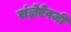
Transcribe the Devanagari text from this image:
संज्ञेऐवजी